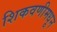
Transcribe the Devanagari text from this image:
शिकवणीमधून